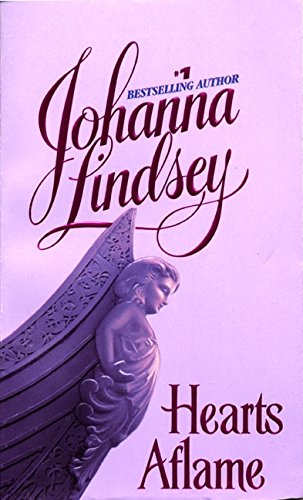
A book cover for Hearts Aflame (Haardrad Family); Johanna Lindsey; Romance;